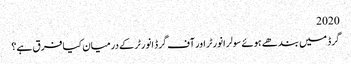
2020
گرڈ میں بندھے ہوئے سولر انورٹر اور آف گرڈ انورٹر کے درمیان کیا فرق ہے؟